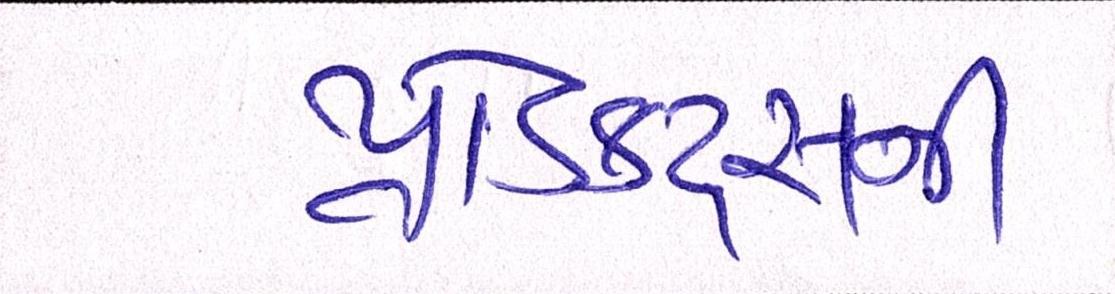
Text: પ્રોડક્ટ્સની